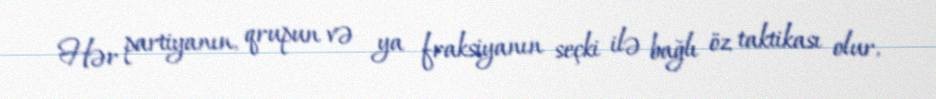
Hər partiyanın, qrupun və ya fraksiyanın seçki ilə bağlı öz taktikası olur,